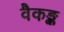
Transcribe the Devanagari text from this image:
वैकङ्क